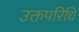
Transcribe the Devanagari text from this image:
उक्तपरिधि